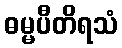
ဓမ္မပီတိရသံ